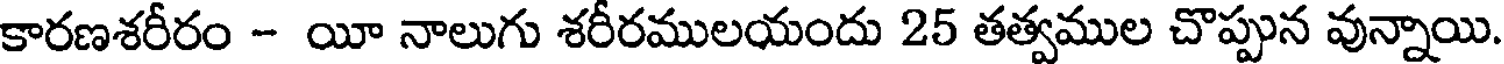
కారణశరీరం - యీ నాలుగు శరీరములయందు 25 తత్వముల చొప్పున వున్నాయి.